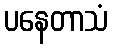
ပနေတာသံ